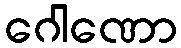
ဂေါဏော